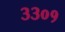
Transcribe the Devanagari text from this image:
३३०१